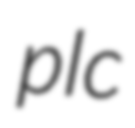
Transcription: plc